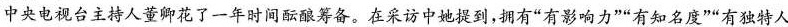
：中央电视台主持人董卿花了一年时间酝酿筹备。在采访中她提到，拥有”有影响力””有知名度””有独特人